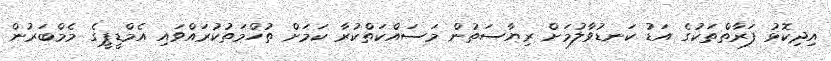
އިދިކޮޅު ފަރާތްތަކުގެ އަޑު ކަނޑުވާލުމަށް ރިޔާސަތުން މަސައްކަތްކުރާ ކަމަށް ތުހްމަތުކުރައްވައި އެމްޑީޕީގެ މެމްބަރުން